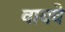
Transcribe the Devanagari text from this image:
वायवे